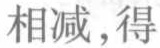
相减，得